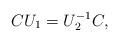
LaTeX: \begin{align*}CU_1=U_2^{-1}C,\end{align*}